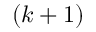
( k + 1 )